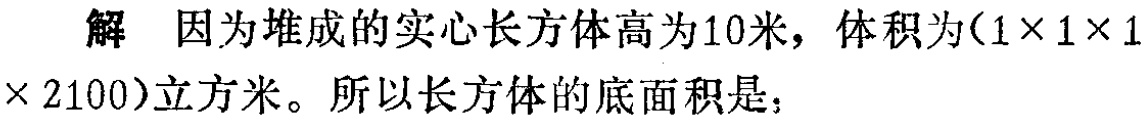
解 因为堆成的实心长方体高为10米，体积为\((1\times 1\times 1\times 2100)\)立方米。所以长方体的底面积是：